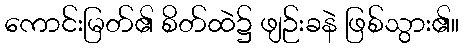
ကောင်းမြတ်၏ စိတ်ထဲ၌ ဖျဉ်းခနဲ ဖြစ်သွား၏။